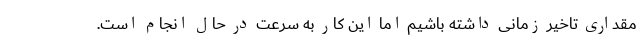
مقداری تاخیر زمانی داشته باشیم اما این کار به سرعت در حال انجام است.